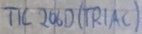
Text: TIC 206D(TRIAC)